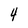
Character: 4